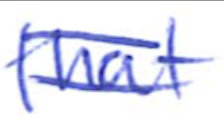
Text: that
Cross-out: double-line
Writing tool: ballpoint